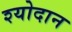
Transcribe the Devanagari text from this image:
श्योदान